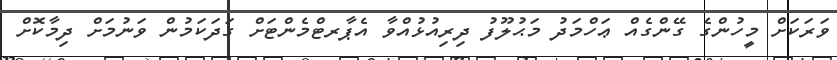
ވަރަކަށް މީހުންގެ ގޭންގެއް ޢަހްމަދު މަޙުލޫފު ދިރިއުޅުއްވާ އެޕާރޓްމެންޓަށް ގަދަކަމުން ވަނުމަށް ދިމާކޮށް